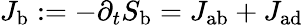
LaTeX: J_{\mathrm{{b}}}:=-\partial_{t}S_{\mathrm{{b}}}=J_{\mathrm{{ab}}}+J_{\mathrm{{ad}}}